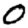
Digit: 0